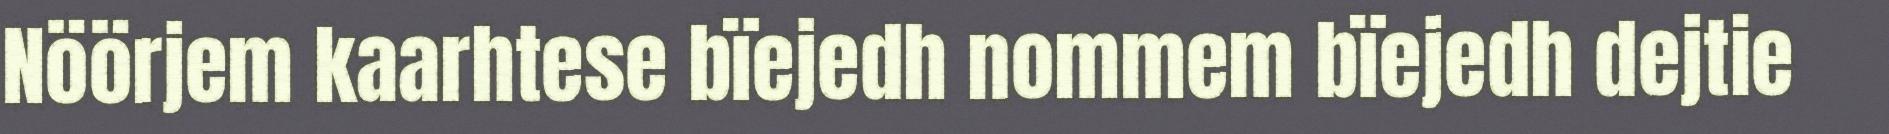
Nöörjem kaarhtese bïejedh nommem bïejedh dejtie